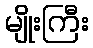
မျိုးကြီး